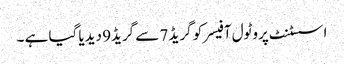
اسسٹنٹ پروٹول آفیسرکو گریڈ 7 سے گریڈ9 دیدیا گیا ہے ۔